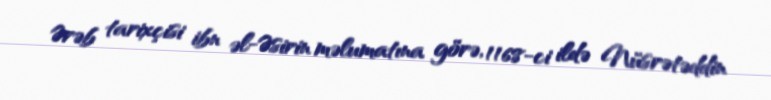
Ərəb tarixçisi ibn əl-Əsirin məlumatına görə, 1168-ci ildə Nüsrətəddin